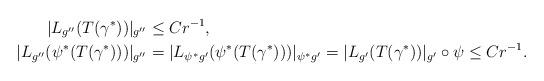
LaTeX: \begin{align*} |L_{g''}(T(\gamma^*))|_{g''} &\leq C r^{-1}, \\ |L_{g''} (\psi^* (T(\gamma^*))) |_{g''} &= |L_{\psi^* g'} (\psi^*(T(\gamma^*))) |_{\psi^* g'}= |L_{g'} (T(\gamma^*)) |_{g'} \circ \psi \leq C r^{-1}. \end{align*}